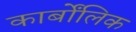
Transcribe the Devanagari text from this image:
कार्बोंलिक